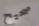
صحيح